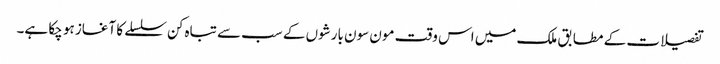
تفصیلات کے مطابق ملک میں اس وقت مون سون بارشوں کے سب سے تباہ کن سلسلے کا آغاز ہو چکا ہے۔